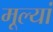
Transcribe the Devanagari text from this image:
मूल्यां